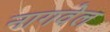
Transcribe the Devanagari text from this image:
नागवेल